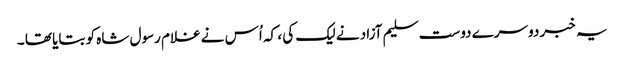
یہ خبر دوسرے دوست سلیم آزاد نے لیک کی ، کہ اُس نے غلام رسول شاہ کو بتایا تھا ۔